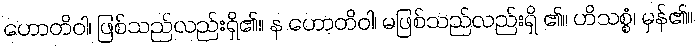
ဟောတိဝါ၊ ဖြစ်သည်လည်းရှိ၏။ န ဟောတိဝါ၊ မဖြစ်သည်လည်းရှိ ၏။ ဟိသစ္စံ၊ မှန်၏။